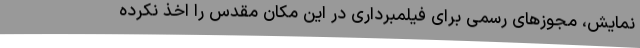
نمایش، مجوزهای رسمی برای فیلمبرداری در این مکان مقدس را اخذ نکرده